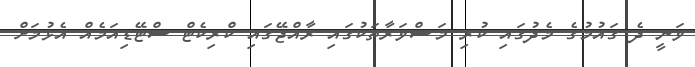
ވަނީ ދެ ގައުމުގެ މެދުގައި ކުރި މަޝްވަރާތަކުގައި ރާއްޖޭގައި ކްރިކެޓް ސްޓޭޑިއަމެއް އެޅުމަށް